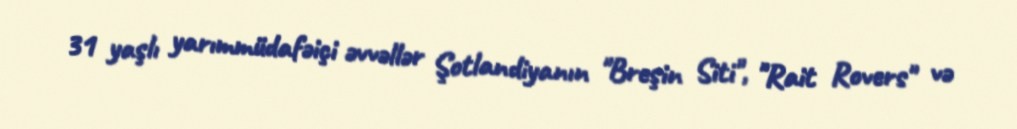
31 yaşlı yarımmüdafəiçi əvvəllər Şotlandiyanın "Breşin Siti", "Rait Rovers" və